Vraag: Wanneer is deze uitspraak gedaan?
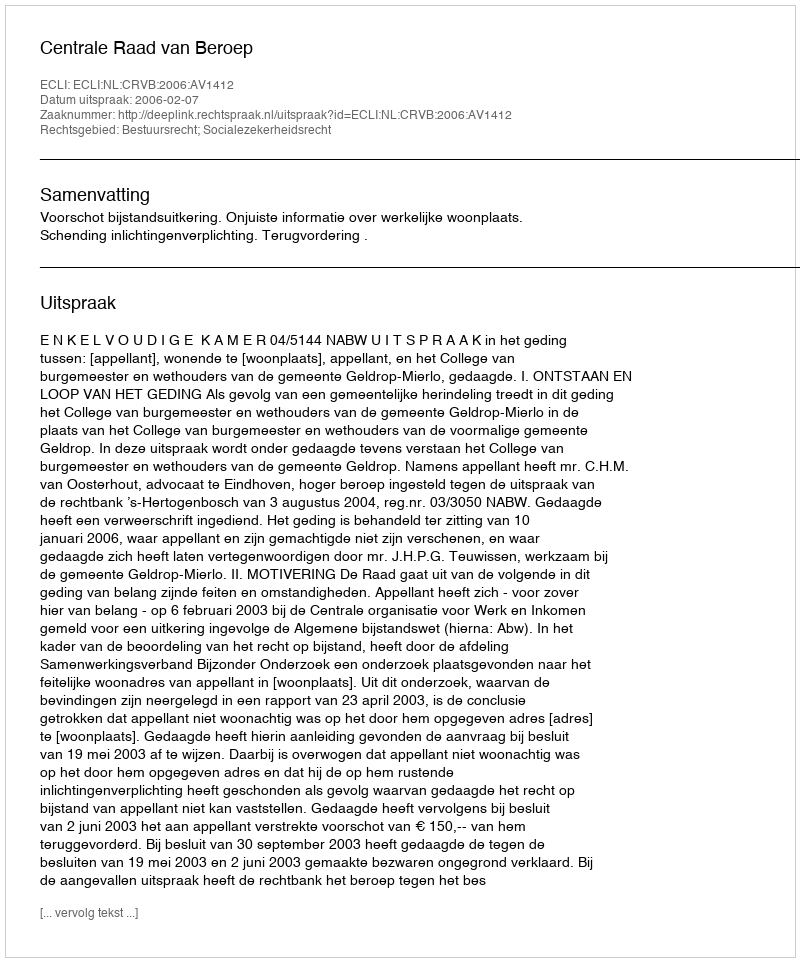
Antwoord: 2006-02-07